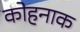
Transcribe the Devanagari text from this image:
कोहनाक